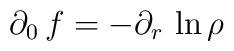
\partial_0\, f=-\partial_r\,\ln\rho